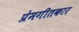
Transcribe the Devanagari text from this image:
प्रेमगीतकार